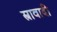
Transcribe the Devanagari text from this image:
स्त्रावादी